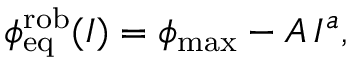
\phi _ { \mathrm { e q } } ^ { \mathrm { r o b } } ( I ) = \phi _ { \mathrm { m a x } } - A \, I ^ { a } ,